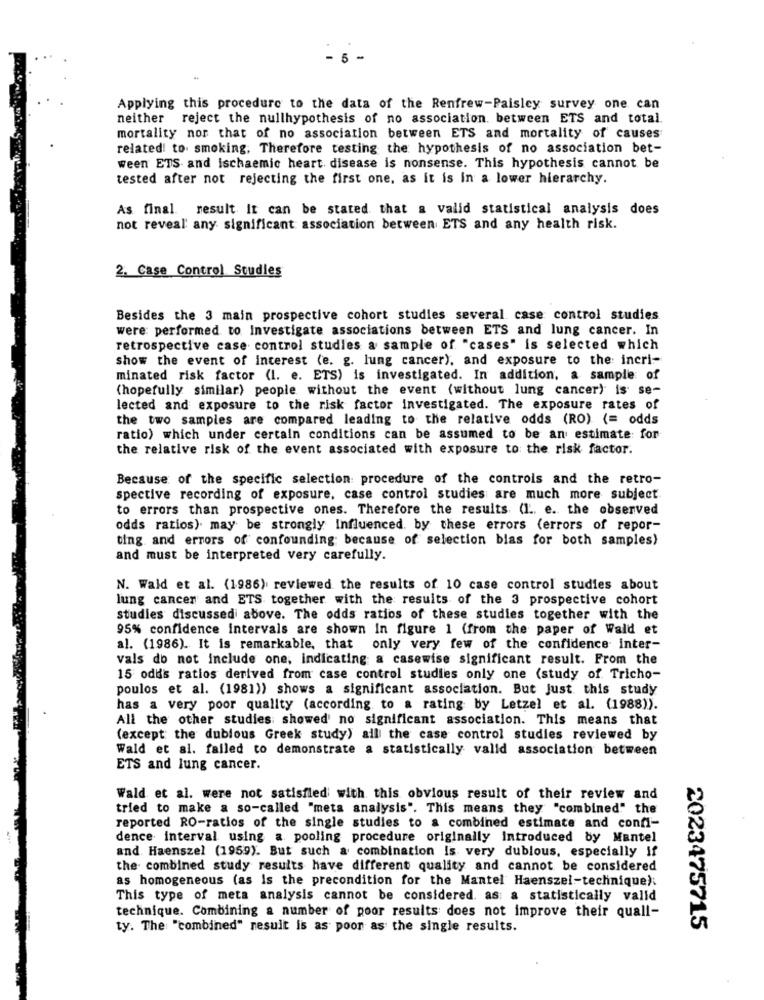
- 6 -
Applying this procedure to the data of the Renfrew-Paisley survey one can
neither reject the nullhypothesis of no association. between ETS and total
mortality nor that of no association between ETS and mortality of causes
related! to smoking, Therefore testing the hypothesis of no association bet-
ween ETS and ischaemic heart disease is nonsense. This hypothesis cannot be
tested after not rejecting the first one, as it is in a lower hierarchy.
As final result it can be stated that a valid statistical analysis does
not reveal' any significant association between ETS and any health risk.
2. Case Control Studies
Besides the 3 main prospective cohort studies several case control studies
were performed to Investigate associations between ETS and lung cancer. In
retrospective case control studies a sample of "cases" is selected which
show the event of interest (e. g. lung cancer), and exposure to the: incri-
minated risk factor (I. e. ETS) is investigated. In addition, a sample of
(hopefully similar) people without the event (without lung cancer) is se-
lected and exposure to the risk factor investigated. The exposure rates of
the two samples are compared leading to the relative odds (RO) (= odds
ratio) which under certain conditions can be assumed to be an estimate: for
the relative risk of the event associated with exposure to the risk factor.
Because of the specific selection procedure of the controls and the retro-
spective recording of exposure, case control studies are much more subject
to errors than prospective ones. Therefore the results (1 .. e. the observed
odds ratios) may be strongly Influenced by these errors (errors of repor-
ting and errors of confounding because of selection bias for both samples)
and must be interpreted very carefully.
N. Wald et al. (1986) reviewed the results of 10 case control studies about
lung cancer and ETS together with the results of the 3 prospective cohort
studies discussed above. The odds ratios of these studies together with the
95% confidence intervals are shown In figure 1 (from the paper of Wald et
al. (1986). It is remarkable, that only very few of the confidence inter-
vals do not include one, indicating a casewise significant result. From the
15 odds ratios derived from case control studies only one (study of Tricho-
poulos et al. (1981)) shows a significant association. But just this study
has a very poor quality (according to a rating by Letzel et al. (1988)).
All the other studies showed no significant association. This means that
(except the dubious Greek study) all the case control studies reviewed by
Wald et al. failed to demonstrate a statistically valid association between
ETS and lung cancer.
Wald et al. were not satisfied with this obvious result of their review and
tried to make a so-called "meta analysis". This means they "combined" the
reported RO-ratios of the single studies to a combined estimate and confi-
dence interval using a pooling procedure originally introduced by Mantel
and. Haenszel (1959). But such a combination is very dublous, especially if
the combined study results have different quality and cannot be considered
as homogeneous (as Is the precondition for the Mantel Haenszel-technique).
This type of meta analysis cannot be considered. as: a statistically valid
technique. Combining a number of poor results does not improve their quall-
ty. The "combined" result is as poor as the single results.
2023475715